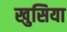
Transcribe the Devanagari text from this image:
खुसिया